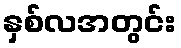
နှစ်လအတွင်း